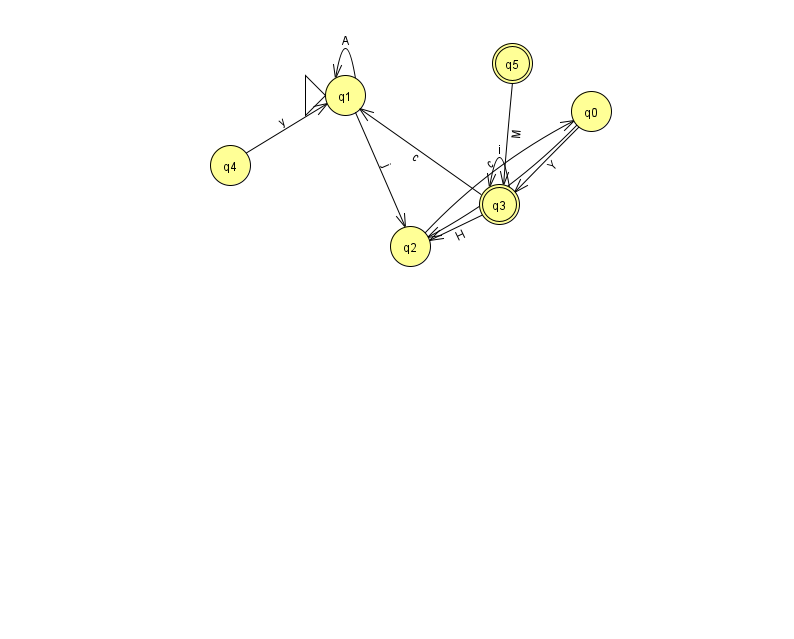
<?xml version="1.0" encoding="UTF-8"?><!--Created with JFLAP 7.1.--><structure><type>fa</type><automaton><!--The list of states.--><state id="0" name="q0"><x>591.0</x><y>98.0</y></state><state id="1" name="q1"><x>345.0</x><y>82.0</y><initial/></state><state id="2" name="q2"><x>410.0</x><y>233.0</y></state><state id="3" name="q3"><x>499.0</x><y>191.0</y><final/></state><state id="4" name="q4"><x>230.0</x><y>152.0</y></state><state id="5" name="q5"><x>512.0</x><y>50.0</y><final/></state><!--The list of transitions.--><transition><from>1</from><to>1</to><read>A</read></transition><transition><from>3</from><to>1</to><read>c</read></transition><transition><from>1</from><to>2</to><read>j</read></transition><transition><from>0</from><to>2</to><read>h</read></transition><transition><from>3</from><to>2</to><read>H</read></transition><transition><from>5</from><to>3</to><read>M</read></transition><transition><from>0</from><to>3</to><read>Y</read></transition><transition><from>3</from><to>3</to><read>i</read></transition><transition><from>4</from><to>1</to><read>y</read></transition><transition><from>2</from><to>0</to><read>c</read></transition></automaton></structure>